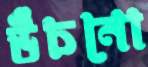
উঁচনো